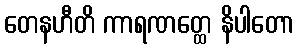
တေနဟီတိ ကာရဏတ္ထေ နိပါတော